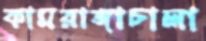
কামরাঙ্গাচালা